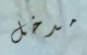
مدخل